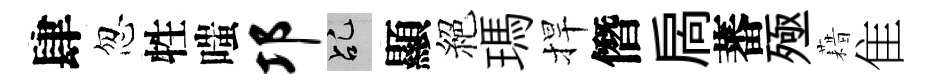
肆忽牲嗤邛乩顯絕瑪捍僭扄蕃殛藉隹